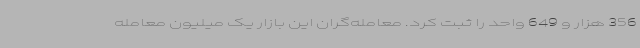
356 هزار و 649 واحد را ثبت کرد. معامله‌گران این بازار یک میلیون معامله